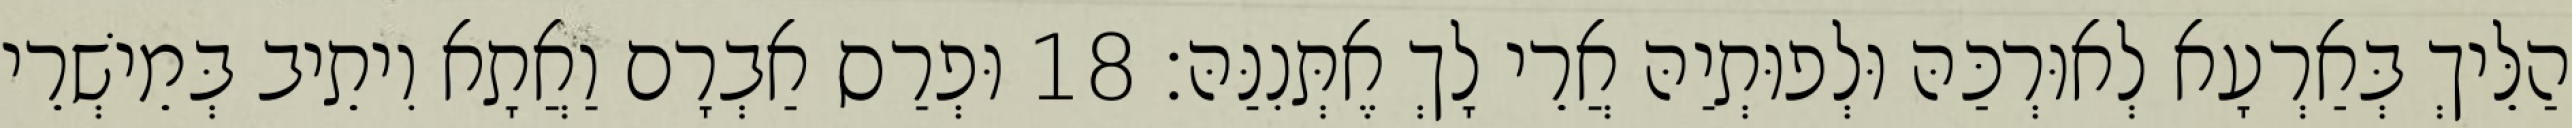
הַלֵּיךְ בְּאַרְעָא לְאוּרְכַּהּ וּלְפוּתְיַהּ אֲרֵי לָךְ אֶתְּנִנַּהּ׃ 18 וּפְרַס אַבְרָם וַאֲתָא וִיתֵיב בְּמֵישְׁרֵי